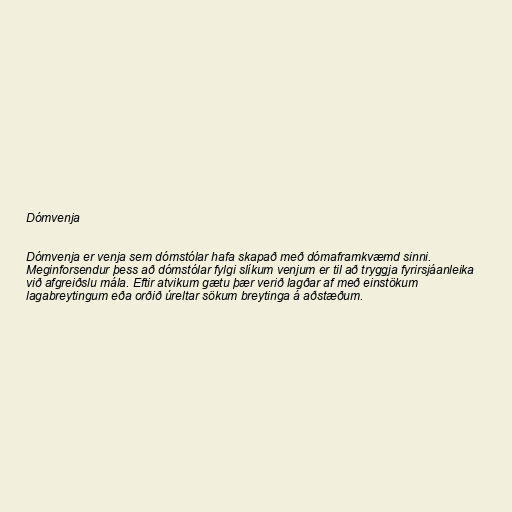
Dómvenja

Dómvenja er venja sem dómstólar hafa skapað með dómaframkvæmd sinni.
Meginforsendur þess að dómstólar fylgi slíkum venjum er til að tryggja fyrirsjáanleika
við afgreiðslu mála. Eftir atvikum gætu þær verið lagðar af með einstökum
lagabreytingum eða orðið úreltar sökum breytinga á aðstæðum.